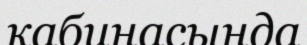
кабинасында